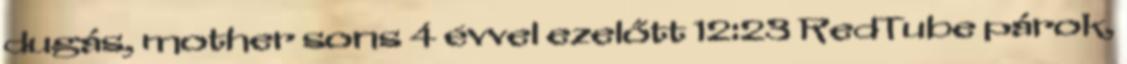
dugás, mother sons 4 évvel ezelőtt 12:23 RedTube párok,